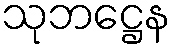
သုဘဋ္ဌေန